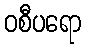
ဝစီပရော